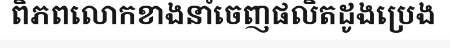
ពិភពលោកខាងនាំចេញផលិតដូងប្រេង